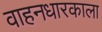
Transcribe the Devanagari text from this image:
वाहनधारकाला